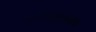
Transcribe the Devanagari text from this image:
आँट्रप्रेनुअरशीप